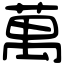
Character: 萬